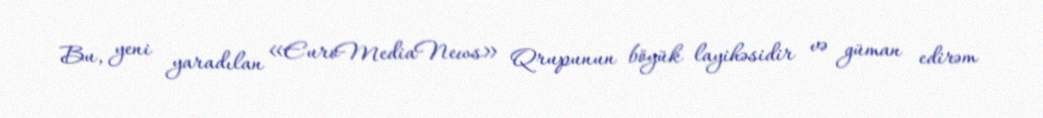
Bu, yeni yaradılan «EuroMediaNews» Qrupunun böyük layihəsidir və güman edirəm